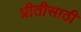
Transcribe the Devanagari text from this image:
प्रीतीसाठी